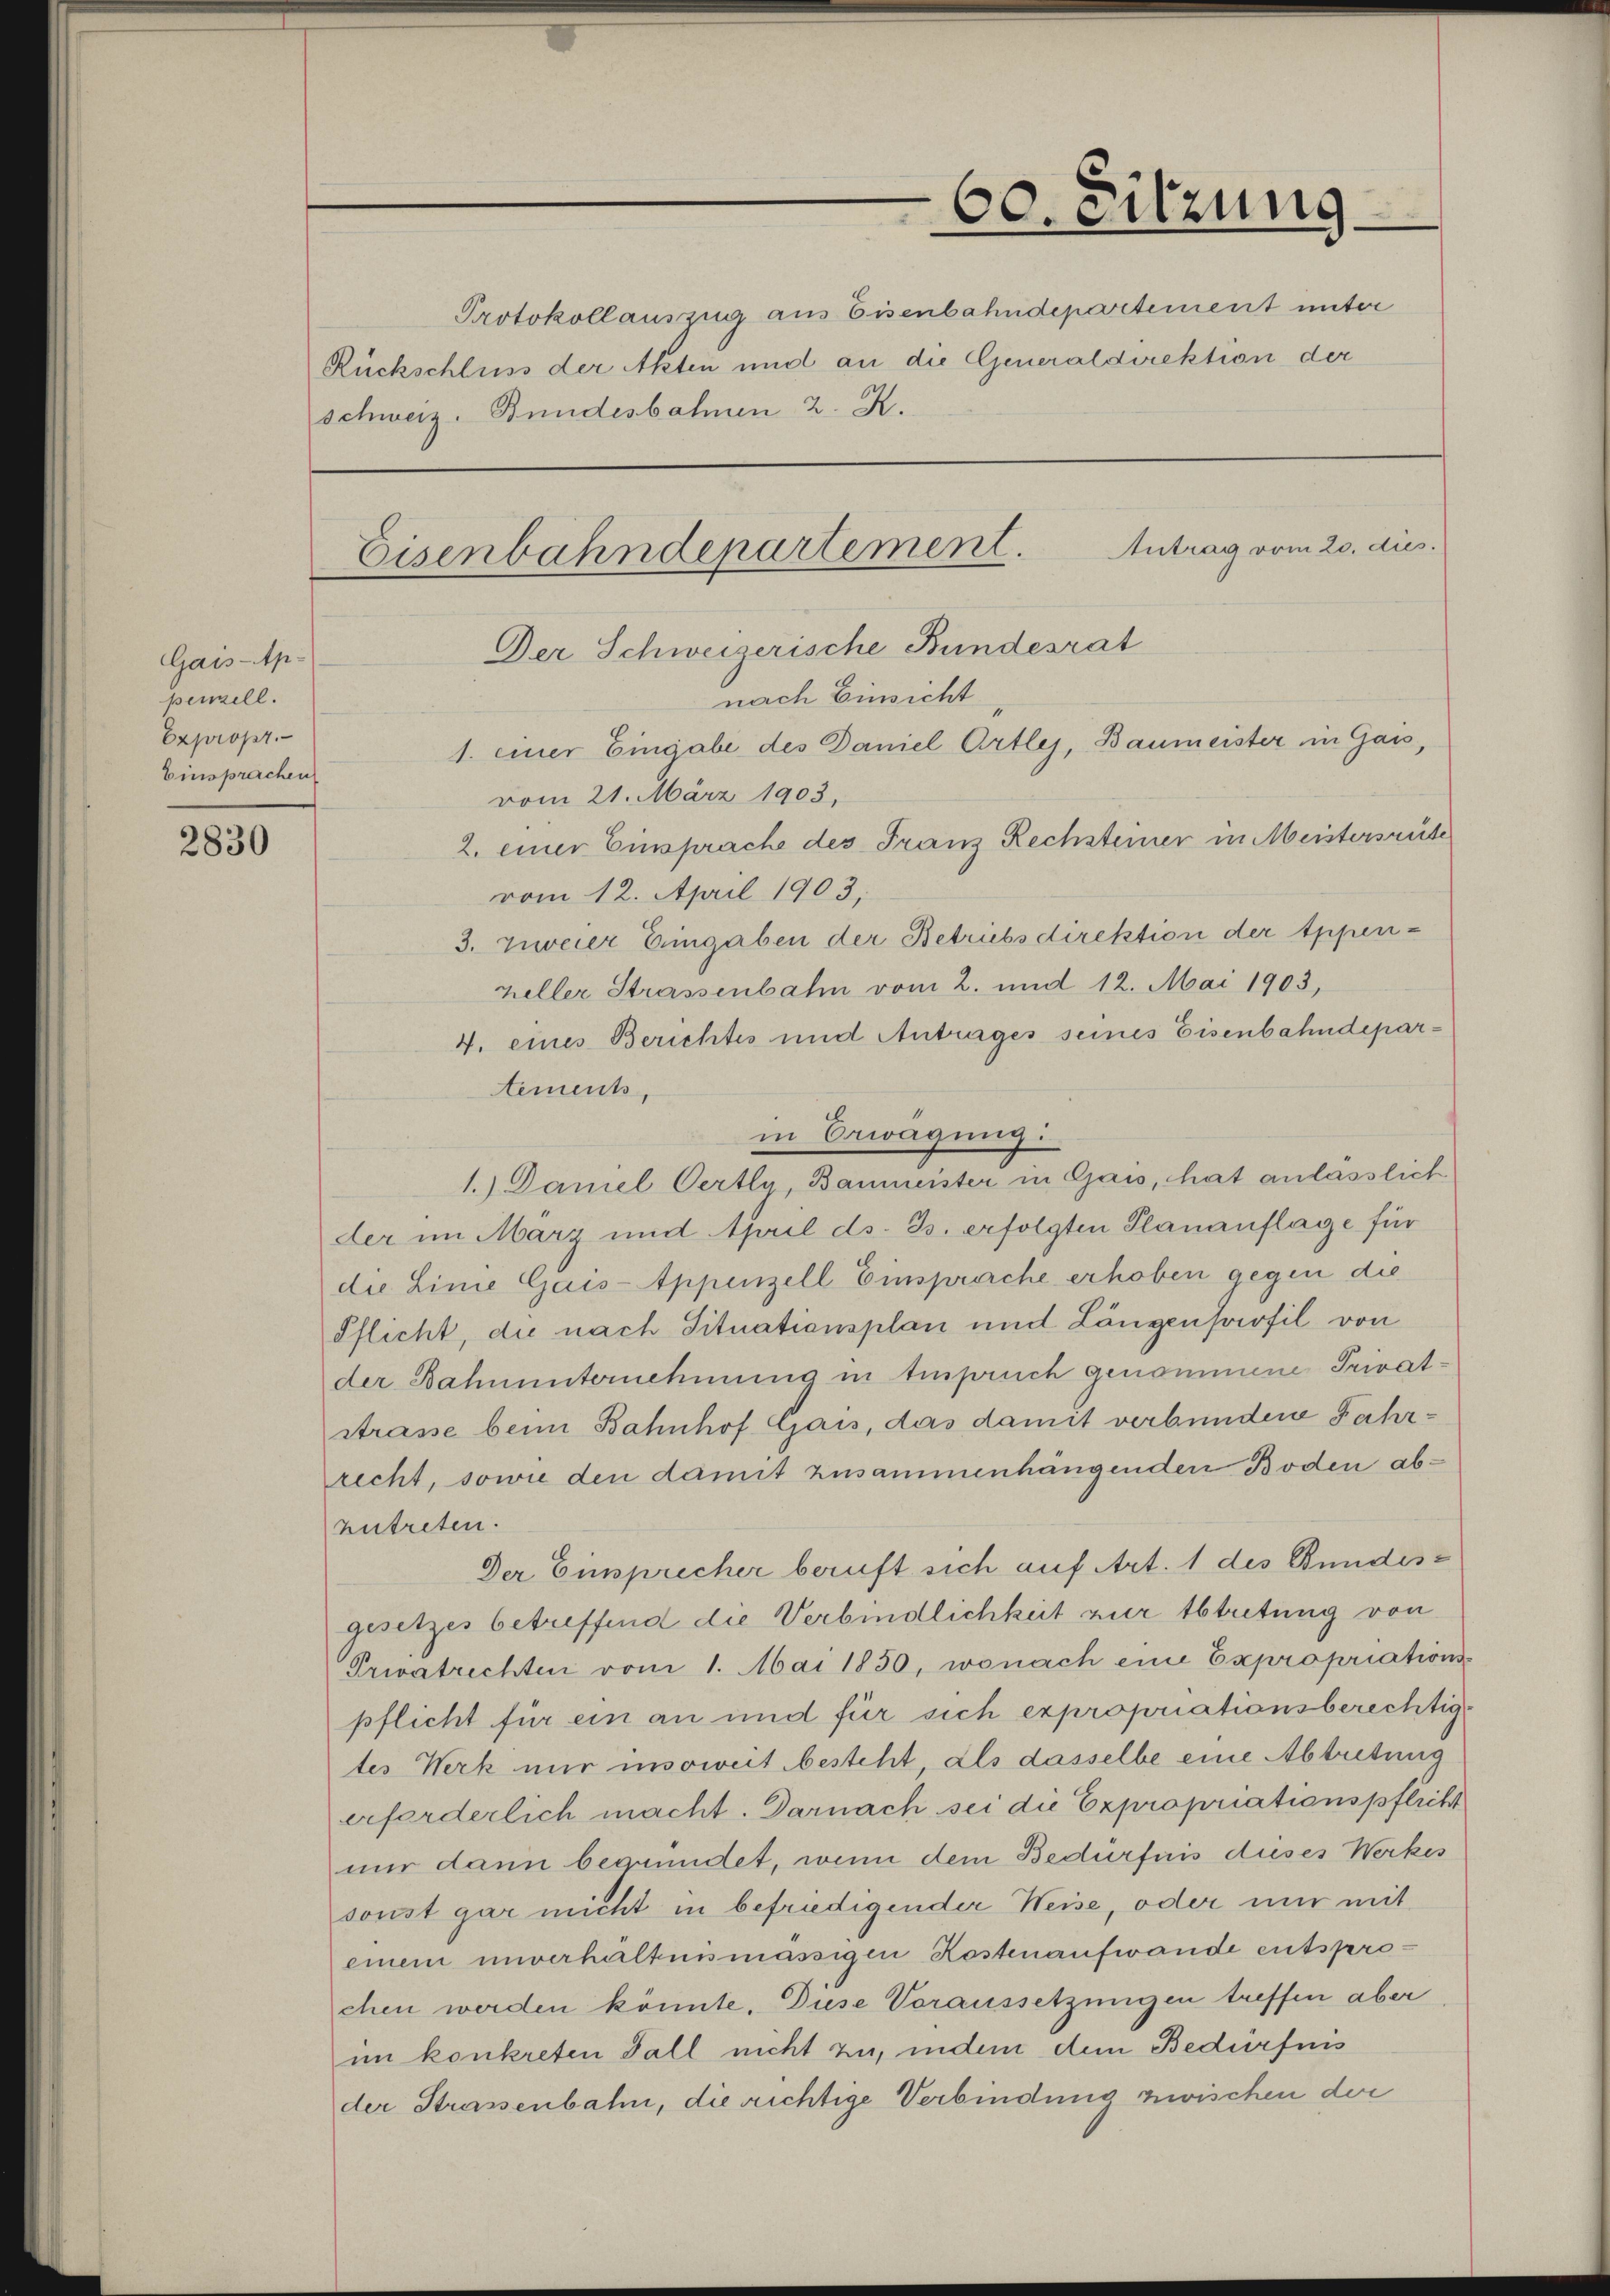
Gais-Ap.
penzell.
Expropr
Einsprachen

2830

s
s

Protokollauszug aus Eisenbahndepartement unter
Rückschluss der Akten und an die Generaldirektion der
Schweiz. Bundesbahnen 2. K.

Eisenbahndepartement.
Der Schweizerische Bundesrat
nach Einsicht
1. einer Eingabe des Daniel Artles, Baumeister in Gau,

60. Sitzung

Antrag vom 20. dies

vom 21. März 1903,
2. einer Einsprache des Franz Rechsteiner in Meistersrute
vom 12. April 1903,
3. zweier Eingaben der Betriebsdirektion der Appenzeller Strassenbahn vom 2. und 12. Mai 1903,
4. eines Berichtes und Antrages seines Eisenbahndepartements,
in Erwägung:
1.) Daniel Oertly, Baumeister in Gais, hat anlasslich
der im März und thail ds. B. erfolgten Planauflage für
die Linie Gais-Appenzell Einsprache erhoben gegen die
Pflicht, die nach Situationsplan und Längensafil von
der Bahnunternehmung in Einspruch genommene Privatstrasse beim Bahnhof Gais, das damit verbundene Fahrrecht, sowie den damit zusammenhängenden Boden abzutreten.
Der Einsprecher beruft sich auf Art. 1 des Bundesgesetzes betreffend die Verbindlichkeit zur Abtretung von
Privatrechten vom 1. Mai 1850, wonach eine Expropriations-
pflicht für ein an und für sich expropriationsberechtig
tes Werk nur insoweit besteht, als dasselbe eine Abtretung
erforderlich macht. Darnach sei die Expropriationspflicht
nur dann begründet, wenn dem Bedürfnis dieses Werkes
sonst gar nicht in befriedigender Weise, oder nur mit
einem unverhältnismässigen Kostenaufwande entsprechen werden könnte. Diese Voraussetzungen treffen aber
im konkreten Fall nicht zu, indem dem Bedürfnis
der Strassenbahn, die richtige Verbindung zwischen der